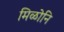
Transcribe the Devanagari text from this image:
मिळोनि